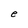
Character: n